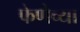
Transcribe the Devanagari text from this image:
फेणेच्या